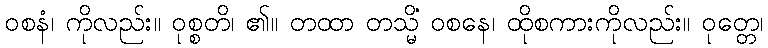
ဝစနံ၊ ကိုလည်း။ ဝုစ္စတိ၊ ၏။ တထာ တသ္မိံ ဝစနေ၊ ထိုစကားကိုလည်း။ ဝုတ္တေ၊